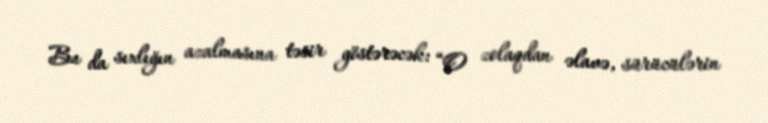
Bu da sıxlığın azalmasına təsir göstərəcək: “O zolaqdan əlavə, sürücülərin